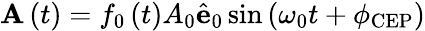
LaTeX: \mathbf{A}\left(t\right)=f_{0}\left(t\right)A_{0}\hat{\mathbf{e}}_{0}\sin\left(\omega_{0}t+\phi_{\mathrm{CEP}}\right)